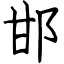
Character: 邯